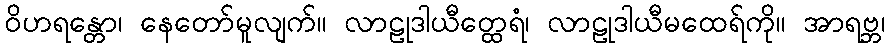
ဝိဟရန္တော၊ နေတော်မူလျက်။ လာဠုဒါယီတ္ထေရံ၊ လာဠုဒါယီမထေရ်ကို။ အာရဗ္ဘ၊